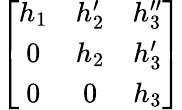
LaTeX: \left[\begin{array}{ccc}{{h_{1}}}&{{h_{2}^{\prime}}}&{{h_{3}^{\prime\prime}}}\\ {{0}}&{{h_{2}}}&{{h_{3}^{\prime}}}\\ {{0}}&{{0}}&{{h_{3}}}\end{array}\right]